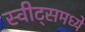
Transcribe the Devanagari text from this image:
स्वीट्‌समध्ये